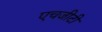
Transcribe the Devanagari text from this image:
एचजीटी